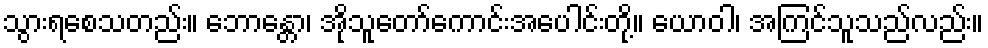
သွားရစေသတည်း။ ဘောန္တော၊ အိုသူတော်ကောင်းအပေါင်းတို့။ ယောဝါ၊ အကြင်သူသည်လည်း။